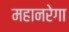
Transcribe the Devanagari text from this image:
महानरेगा